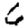
Digit: 6